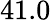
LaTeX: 41.0